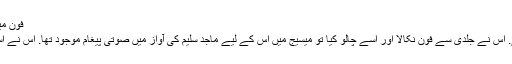
فون میں تمہارے سوالوں کا جواب موجود ہے… ماجد سلیم.
صمد کی سمجھ میں نہیں آرہا تھا کہ یہ کیا اسرار ہے. اس نے جلدی سے فون نکالا اور اسے چالُو کیا تو میسیج میں اس کے لیے ماجد سلیم کی آواز میں صوتی پیغام موجود تھا. اس نے اسے کھولا تو ماجد سلیم کی آواز سنائی دی….. صمد!